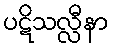
ပဋိသလ္လီနာ